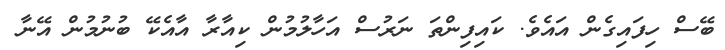
ބޭސް ހިފައިގެން އައެވެ. ކައިފިންތަ ނަރުސް އަހާލުމުން ކިއާރާ އާއެކޭ ބުނުމުން އޭނާ